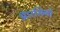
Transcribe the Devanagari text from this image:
ऑरसिनो